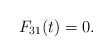
LaTeX: \begin{align*}F_{31}(t)=0.\end{align*}